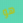
هو